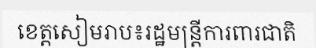
ខេត្តសៀមរាប៖រដ្ឋមន្ត្រីការពារជាតិ